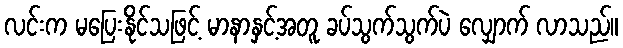
လင်းက မပြေးနိုင်သဖြင့် မာနာနှင့်အတူ ခပ်သွက်သွက်ပဲ လျှောက် လာသည်။